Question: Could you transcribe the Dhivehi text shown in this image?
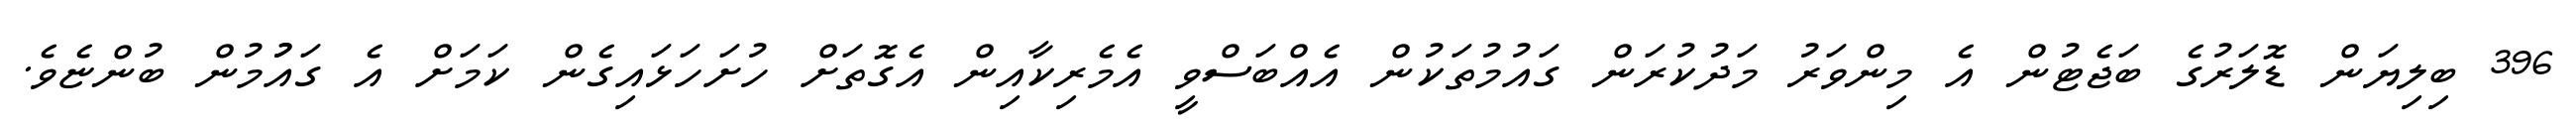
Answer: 396 ބިލިޔަން ޑޮލަރުގެ ބަޖެޓުން އެ މިންވަރު މަދުކުރަން ގައުމުތަކުން އެއްބަސްވީ އެމެރިކާއިން އެގޮތަށް ހުށަހަޅައިގެން ކަމަށް އެ ގައުުމުން ބުންޏެވެ.